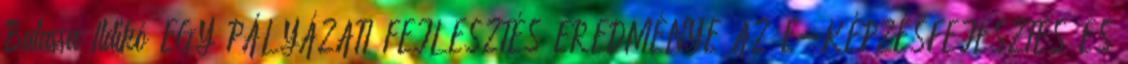
Balassa Ildikó EGY PÁLYÁZATI FEJLESZTÉS EREDMÉNYE AZ E-KÉPZÉSFEJESZTÉS ÉS